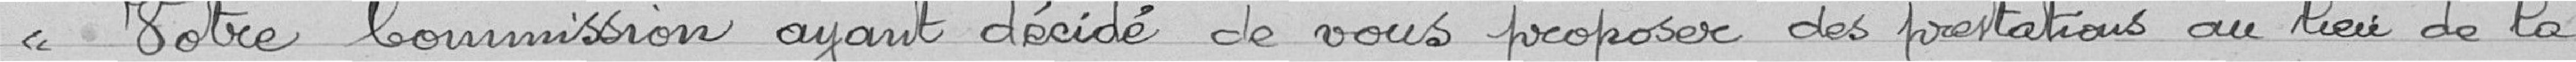
Votre commission ayant décidée de vous proposer des prestations au lieu de la